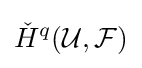
{\check {H}}^{q}({\mathcal {U}},{\mathcal {F}})